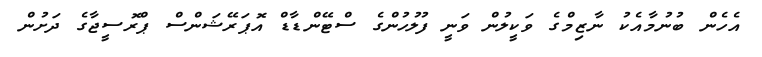
އެހެން ބުނުމާއެކު ނާޒިމްގެ ވަކީލުން ވަނީ ފުލުހުންގެ ސްޓޭންޑާޑް އޮޕަރޭޝަންސް ޕްރޮސީޖާގެ ދަށުން